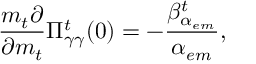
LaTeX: \frac { m _ { t } \partial } { \partial m _ { t } } \Pi _ { \gamma \gamma } ^ { t } ( 0 ) = - \frac { \beta _ { \alpha _ { e m } } ^ { t } } { \alpha _ { e m } } ,